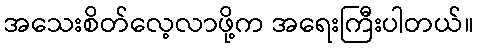
အသေးစိတ်လေ့လာဖို့က အရေးကြီးပါတယ်။